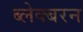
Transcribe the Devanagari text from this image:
ब्लेक्बरन